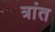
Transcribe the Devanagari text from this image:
त्रांत